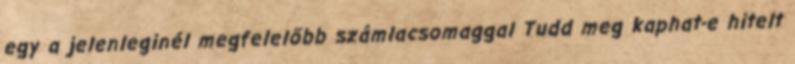
egy a jelenleginél megfelelőbb számlacsomaggal Tudd meg kaphat-e hitelt